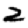
Digit: 2